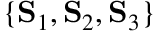
\{ \mathbf { S } _ { 1 } , \mathbf { S } _ { 2 } , \mathbf { S } _ { 3 } \}